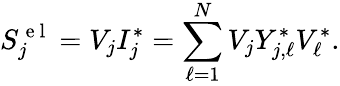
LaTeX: S_{j}^{\mathrm{~e~l~}}=V_{j}I_{j}^{*}=\sum_{\ell=1}^{N}V_{j}Y_{j,\ell}^{*}V_{\ell}^{*}.